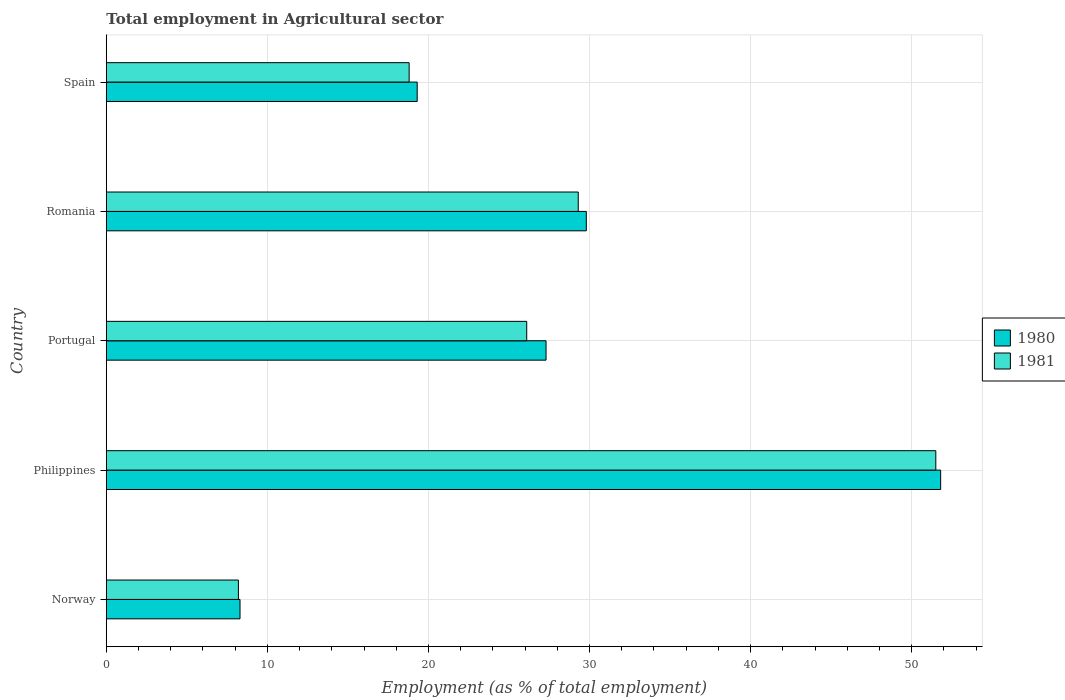
| Country | 1980 | 1981 |
 | --- | --- | --- |
 | Norway | 8.3 | 8.2 |
 | Philippines | 51.8 | 51.5 |
 | Portugal | 27.3 | 26.1 |
 | Romania | 29.8 | 29.3 |
 | Spain | 19.3 | 18.8 |